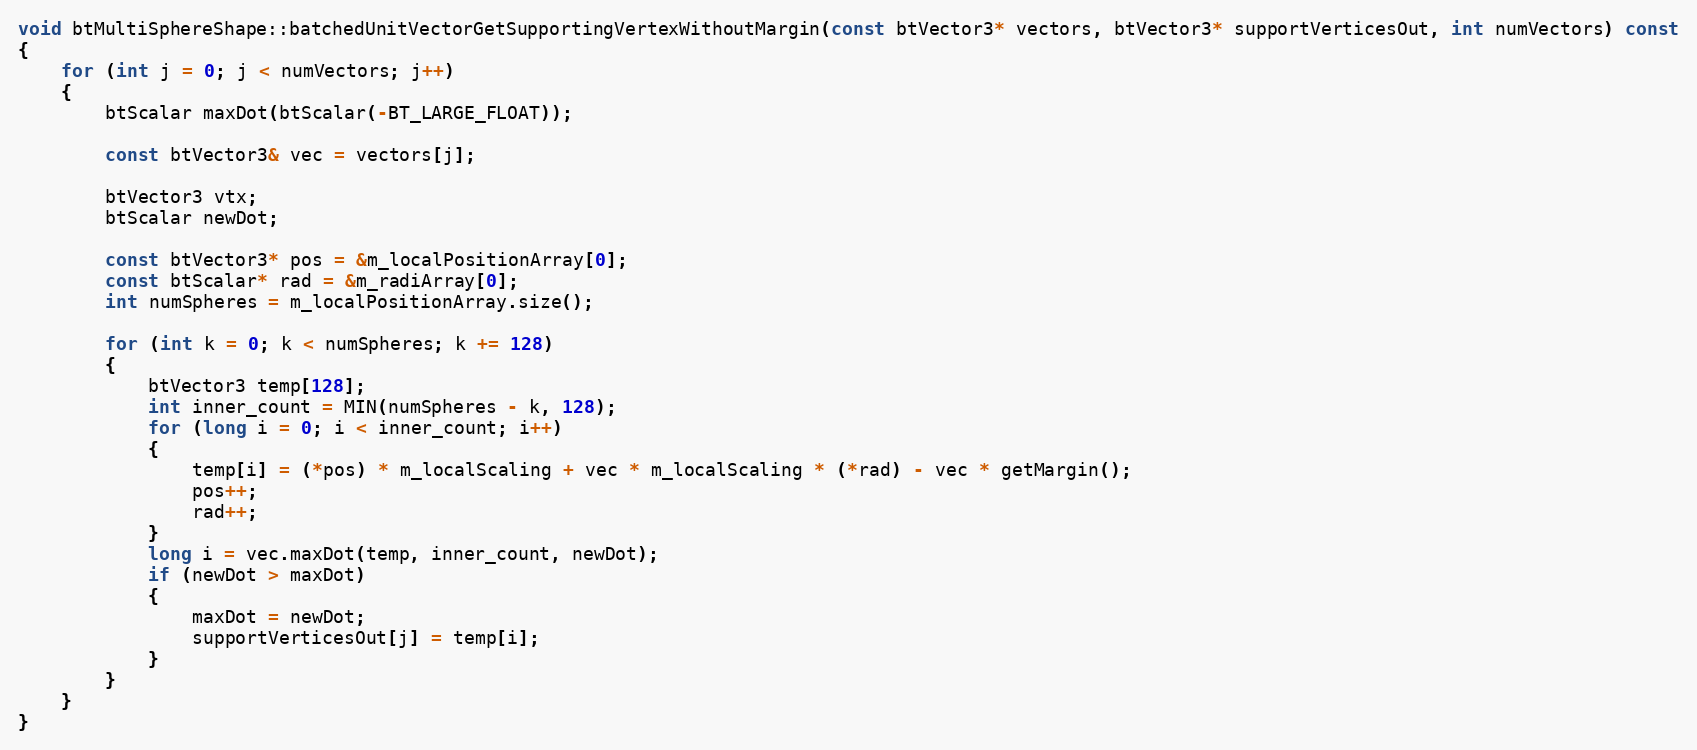
Language: C++
void btMultiSphereShape::batchedUnitVectorGetSupportingVertexWithoutMargin(const btVector3* vectors, btVector3* supportVerticesOut, int numVectors) const
{
	for (int j = 0; j < numVectors; j++)
	{
		btScalar maxDot(btScalar(-BT_LARGE_FLOAT));

		const btVector3& vec = vectors[j];

		btVector3 vtx;
		btScalar newDot;

		const btVector3* pos = &m_localPositionArray[0];
		const btScalar* rad = &m_radiArray[0];
		int numSpheres = m_localPositionArray.size();

		for (int k = 0; k < numSpheres; k += 128)
		{
			btVector3 temp[128];
			int inner_count = MIN(numSpheres - k, 128);
			for (long i = 0; i < inner_count; i++)
			{
				temp[i] = (*pos) * m_localScaling + vec * m_localScaling * (*rad) - vec * getMargin();
				pos++;
				rad++;
			}
			long i = vec.maxDot(temp, inner_count, newDot);
			if (newDot > maxDot)
			{
				maxDot = newDot;
				supportVerticesOut[j] = temp[i];
			}
		}
	}
}